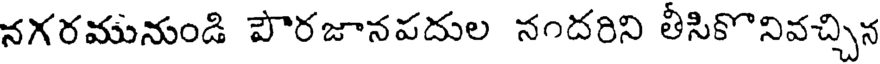
నగరమునుండి పౌరజానపదుల నందరిని తీసికొనివచ్చిన